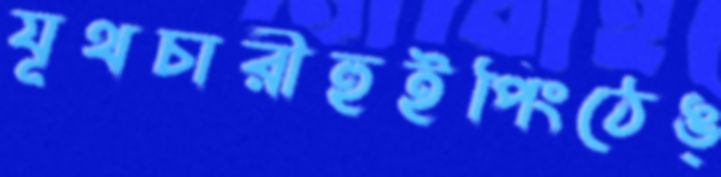
যূথচারীহুইপিংঠেঙ্